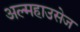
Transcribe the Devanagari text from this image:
अल्महाउसेज